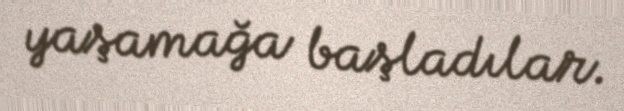
yaşamağa başladılar.